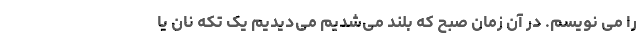
را می نویسم. در آن زمان صبح که بلند می‌شدیم می‌دیدیم یک تکه نان یا